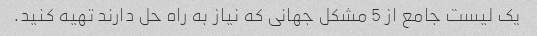
یک لیست جامع از 5 مشکل جهانی که نیاز به راه حل دارند تهیه کنید.